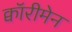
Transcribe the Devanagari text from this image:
क्वॉरीमेन